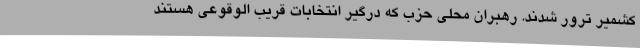
کشمیر ترور شدند. رهبران محلی حزب که درگیر انتخابات قریب الوقوعی هستند